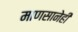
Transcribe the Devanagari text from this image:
माणसानेही